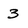
Character: 3